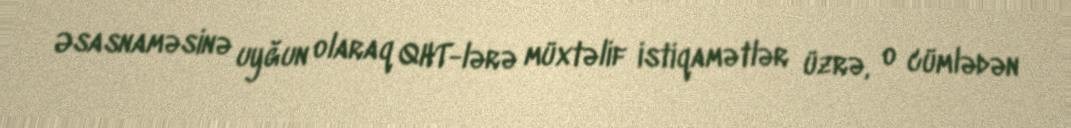
Əsasnaməsinə uyğun olaraq QHT-lərə müxtəlif istiqamətlər üzrə, o cümlədən